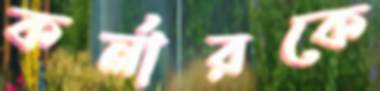
কর্নারকে